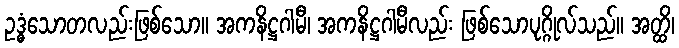
ဥဒ္ဓံသောတလည်းဖြစ်သော။ အကနိဋ္ဌဂါမီ၊ အကနိဋ္ဌဂါမီလည်း ဖြစ်သောပုဂ္ဂိုလ်သည်။ အတ္ထိ၊